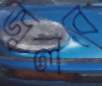
জ্বলবে